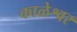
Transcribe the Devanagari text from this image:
काळेश्वर